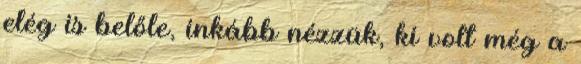
elég is belőle, inkább nézzük, ki volt még a